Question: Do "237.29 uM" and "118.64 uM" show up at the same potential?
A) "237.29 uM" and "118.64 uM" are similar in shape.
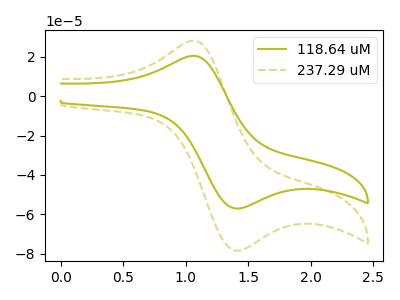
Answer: <think>The olive curve "118.64 uM" has an anodic peak at (1.05V, 20.40uA) and a cathodic peak at (1.45V, -57.00uA). The olive dashed curve "237.29 uM" has an anodic peak at (1.05V, 28.10uA) and a cathodic peak at (1.45V, -78.35uA).
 All the peaks in "237.29 uM" have a peak in "118.64 uM" at the same potential. Every peak in "237.29 uM" is higher than every peak in "118.64 uM".</think>
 <answer>A) "237.29 uM" and "118.64 uM" are similar in shape.</answer>
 <eval>A</eval>